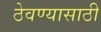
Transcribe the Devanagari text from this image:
ठेवण्‍यासाठी